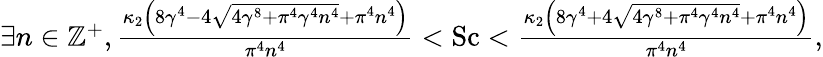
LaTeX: \begin{array}{r}{\exists n\in\mathbb{Z}^{+},\frac{\kappa_{2}\left(8\gamma^{4}-4\sqrt{4\gamma^{8}+\pi^{4}\gamma^{4}n^{4}}+\pi^{4}n^{4}\right)}{\pi^{4}n^{4}}<\mathrm{Sc}<\frac{\kappa_{2}\left(8\gamma^{4}+4\sqrt{4\gamma^{8}+\pi^{4}\gamma^{4}n^{4}}+\pi^{4}n^{4}\right)}{\pi^{4}n^{4}},}\end{array}